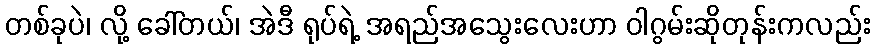
တစ်ခုပဲ၊ လို့ ခေါ်တယ်၊ အဲဒီ ရုပ်ရဲ့ အရည်အသွေးလေးဟာ ဝါဂွမ်းဆိုတုန်းကလည်း